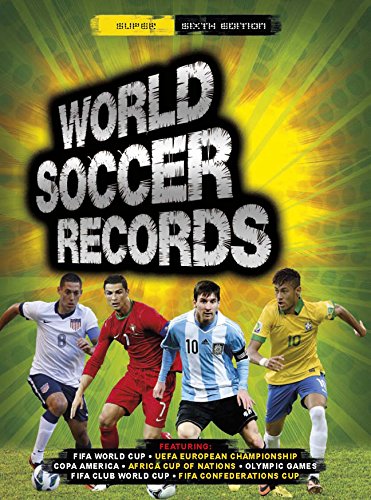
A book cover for World Soccer Records 2015; Keir Radnedge; Sports & Outdoors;